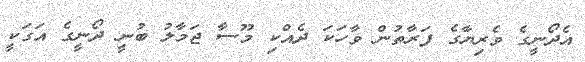
އެދޯނީގެ ވެރިޔާގެ ފަރާތުން ވާހަކަ ދެއްކި މޫސާ ޖަމާލު ބުނީ ދޯނީގެ އަގަކީ